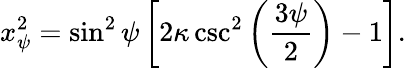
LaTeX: x_{\psi}^{2}=\sin^{2}\psi\left[2\kappa\csc^{2}\left(\frac{3\psi}{2}\right)-1\right].